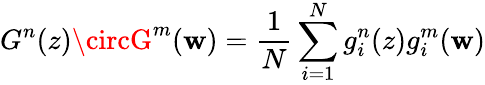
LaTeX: G^{n}(z)\circG^{m}(\mathbf{w})={\frac{{1}}{{N}}}\sum_{i=1}^{N}g_{i}^{n}(z)g_{i}^{m}(\mathbf{w})